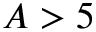
A > 5